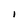
Character: I